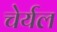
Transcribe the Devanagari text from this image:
चेर्यल